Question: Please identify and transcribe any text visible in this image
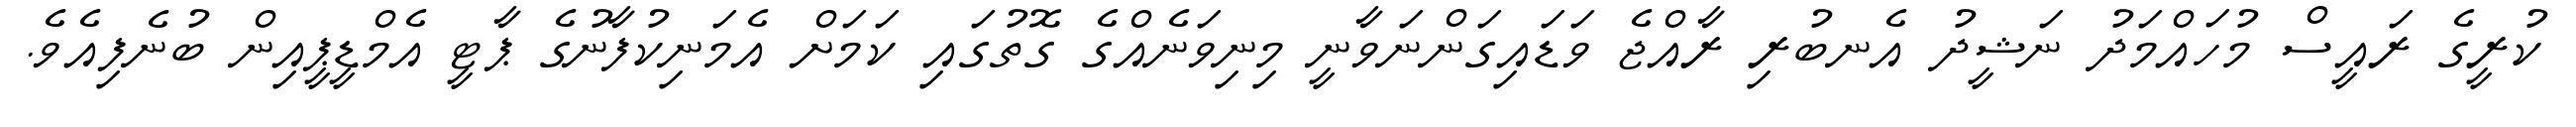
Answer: ކުރީގެ ރައީސް މުހައްމަދު ނަޝީދު އެނބުރި ރާއްޖެ ވަޑައިގަންނަވާނީ މިނިވަނެއްގެ ގޮތުގައި ކަމަށް އެމަނިކުފާނުގެ ޕާޓީ އެމްޑީޕީއިން ބުނެފިއެވެ.